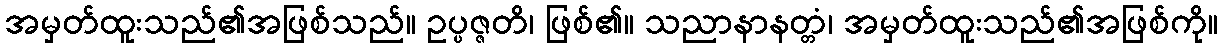
အမှတ်ထူးသည်၏အဖြစ်သည်။ ဥပ္ပဇ္ဇတိ၊ ဖြစ်၏။ သညာနာနတ္တံ၊ အမှတ်ထူးသည်၏အဖြစ်ကို။